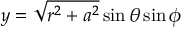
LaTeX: y = { \sqrt { r ^ { 2 } + a ^ { 2 } } } \sin \theta \sin \phi